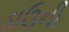
ડાઉની